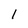
Character: l